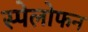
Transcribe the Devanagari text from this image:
स्पेलोफन